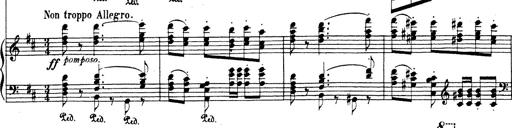
Title: Rhapsodie espagnole
Composer: Franz Liszt